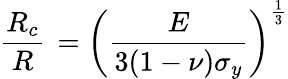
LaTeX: \frac{R_{c}}{R}\, =\left(\frac{E}{3(1-\nu)\sigma_{y}}\right)^{\frac{1}{3}}